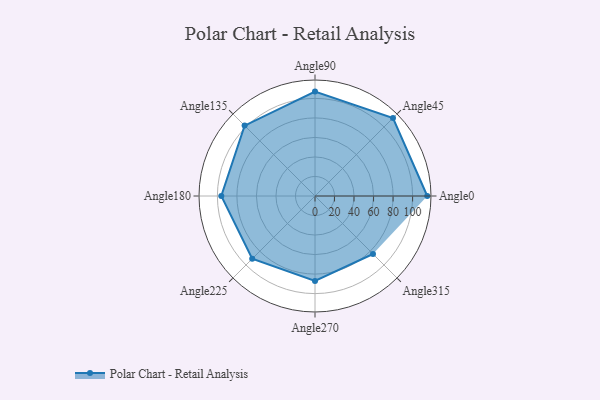
{"axis": {"x": "Angle", "y": "Radius"}, "legend": [""], "data": [{"x": "Angle0", "y": 115.0, "type": ""}, {"x": "Angle45", "y": 113.0, "type": ""}, {"x": "Angle90", "y": 107.0, "type": ""}, {"x": "Angle135", "y": 102.0, "type": ""}, {"x": "Angle180", "y": 96.0, "type": ""}, {"x": "Angle225", "y": 91.0, "type": ""}, {"x": "Angle270", "y": 87.0, "type": ""}, {"x": "Angle315", "y": 84.0, "type": ""}]}